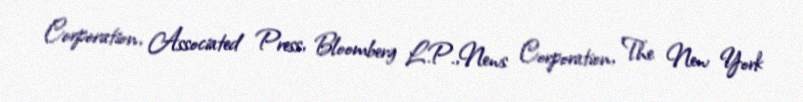
Corporation, Associated Press, Bloomberg L.P.,News Corporation, The New York